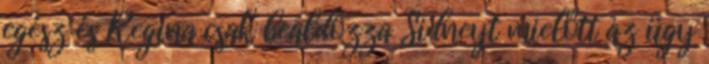
egész és Regina csak beáldozza Sidneyt mielőtt az ügy